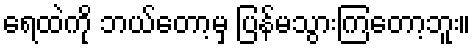
ရေထဲကို ဘယ်တော့မှ ပြန်မသွားကြတော့ဘူး။